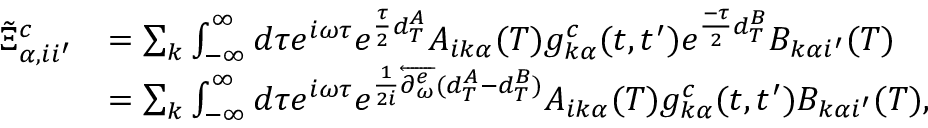
\begin{array} { r l } { \tilde { \Xi } _ { \alpha , i i ^ { \prime } } ^ { c } } & { = \sum _ { k } \int _ { - \infty } ^ { \infty } d \tau e ^ { i \omega \tau } e ^ { \frac { \tau } { 2 } d _ { T } ^ { A } } A _ { i k \alpha } ( T ) g _ { k \alpha } ^ { c } ( t , t ^ { \prime } ) e ^ { \frac { - \tau } { 2 } d _ { T } ^ { B } } B _ { k \alpha i ^ { \prime } } ( T ) } \\ & { = \sum _ { k } \int _ { - \infty } ^ { \infty } d \tau e ^ { i \omega \tau } e ^ { \frac { 1 } { 2 i } \overleftarrow { \partial _ { \omega } ^ { e } } ( d _ { T } ^ { A } - d _ { T } ^ { B } ) } A _ { i k \alpha } ( T ) g _ { k \alpha } ^ { c } ( t , t ^ { \prime } ) B _ { k \alpha i ^ { \prime } } ( T ) , } \end{array}